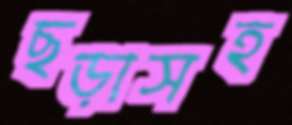
ছড়াসহ